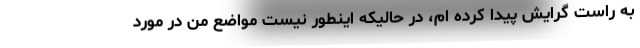
به راست گرایش پیدا کرده ام، در حالیکه اینطور نیست مواضع من در مورد